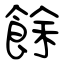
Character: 餘